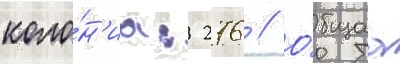
коло́н'иа: 276 // О́бщаа